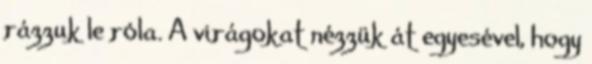
rázzuk le róla. A virágokat nézzük át egyesével, hogy